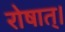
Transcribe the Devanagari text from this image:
रोषात्।